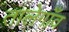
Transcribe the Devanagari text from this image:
तालेगाँव